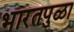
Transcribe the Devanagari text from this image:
भारतपुळा